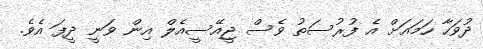
ދުވަހާ ހަމައަށް އެ ފުރުސަތު ވެސް ޖީއޭސީއެލް އިން ވަނީ ދީފަ އެވެ.